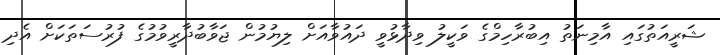
ޝަރީއަތުގައި އާމިނަތު އިބުރާހިމްގެ ވަކީލު ވިދާޅުވީ ދައުވާއަށް ލިޔުމުން ޖަވާބުދާރީވުމުގެ ފުރުސަތަކަށް އެދި